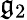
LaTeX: \mathfrak{g}_{2}